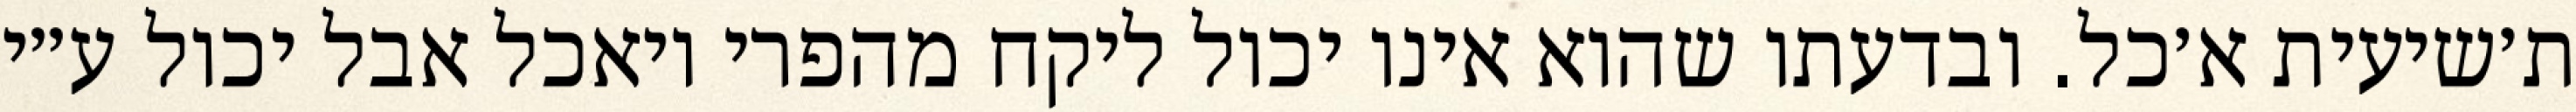
ת׳שיעית א׳כל. ובדעתו שהוא אינו יכול ליקח מהפרי ויאכל אבל יכול ע״י